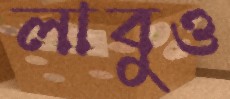
লাবুও